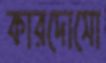
কারদোসো